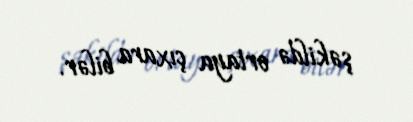
şəkildə ortaya çıxara bilər.